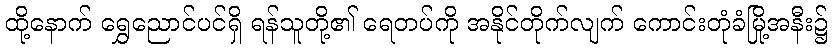
ထို့နောက် ရွှေညောင်ပင်ရှိ ရန်သူတို့၏ ရေတပ်ကို အနိုင်တိုက်လျက် ကောင်းတုံခံမြို့အနီး၌